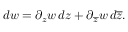
d w = \partial _ { z } w \, d z + \partial _ { \overline { { z } } } w \, d \overline { { z } } .